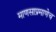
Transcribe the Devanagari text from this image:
माणसाप्रमाणेच